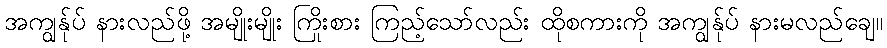
အကျွန်ုပ် နားလည်ဖို့ အမျိုးမျိုး ကြိုးစား ကြည့်သော်လည်း ထိုစကားကို အကျွန်ုပ် နားမလည်ချေ။